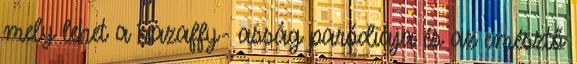
mely lehet a hazaffy- asság paródiája és az emésztő